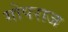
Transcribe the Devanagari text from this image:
गोपराज